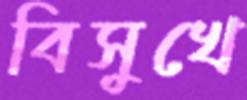
বিসুখে